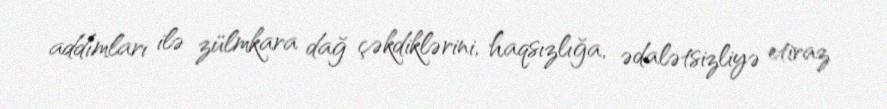
addımları ilə zülmkara dağ çəkdiklərini, haqsızlığa, ədalətsizliyə etiraz